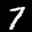
Label: 7